Report of the Imperial Institute of Veterinary Research, Muktesar
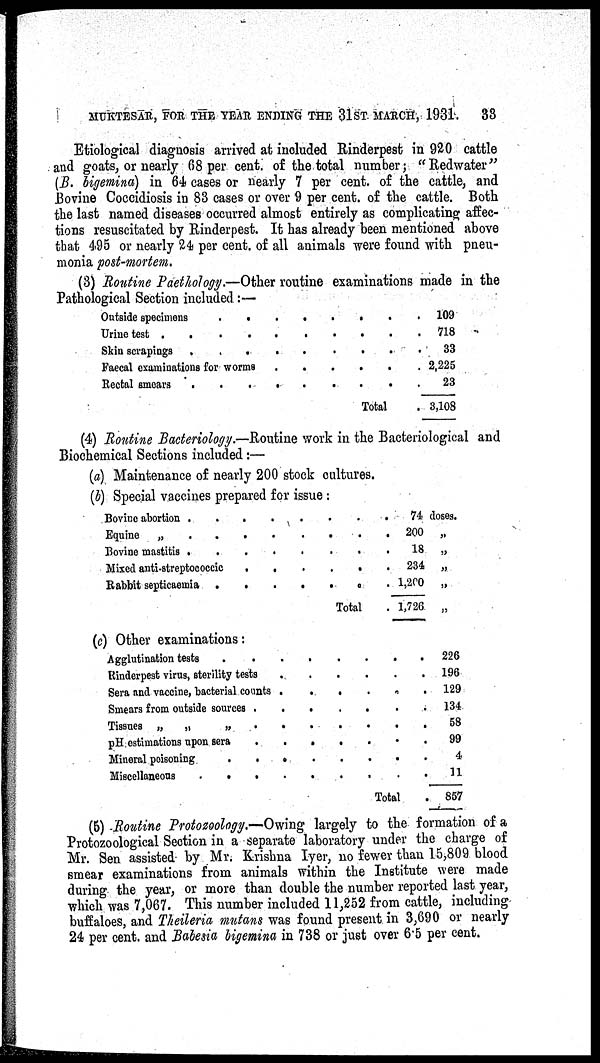
MUKTESAR, FOR THE YEAR ENDING THE 31ST MARCH, 1931.
33
Etiological diagnosis arrived at included Rinderpest in 920 cattle
and goats, or nearly 68 per cent. of the total number; "Redwater"
(B. bigemina) in 64 cases or nearly 7 per cent. of the cattle, and
Bovine Coccidiosis in 83 cases or over 9 per cent. of the cattle. Both
the last named diseases occurred almost entirely as complicating affec-
tions resuscitated by Rinderpest. It has already been mentioned above
that 495 or nearly 24 per cent. of all animals were found with pneu-
monia post-mortem.
(3) Routine Paethology.—Other routine examinations made in the
Pathological Section included:—
Outside specimens
Urine test
Skin scrapings
.
.
.
Faecal examinations for worms
Rectal smears
.
.
.
.
.
.
.
.
.
.
.
.
.
.
.
.
. .
. . .
.
Total
.
.
.
.
.
.
109
718
33
2,225
23
3,108
(4) Routine Bacteriology.—Routine work in the Bacteriological and
Biochemical Sections included:—
(a) Maintenance of nearly 200 stock cultures.
(b) Special vaccines prepared for issue :
Bovine abortion
..
Equine „
.
.
Bovine mastitis
..
Mixed anti-streptococcic
Rabbit septicaemia .
.
.
.
.
.
.
.
.
.
.
.
.
.
.
.
.
.
.
.
.
.
.
.
.
.
.
.
Total
.
.
.
.
.
.
74 doses.
200 „
18 „
234 „
1,200 „
1,726 „
(c) Other examinations:
Agglutination tests
.
Rinderpest virus, sterility tests
Sera and vaccine, bacterial counts
Smears from outside sources .
Tissues „ „
„
.
pH estimations upon sera
.
Mineral poisoning
. .
Miscellaneous
. . .
.
.
.
.
.
.
.
.
.
.
.
.
.
.
.
.
.
.
.
.
.
.
.
.
.
.
.
.
.
.
.
.
.
.
.
.
.
.
Total
226
196
129
134
58
99
4
11
857
(5) Routine Protozoology.—Owing largely to the formation of a
Protozoological Section in a separate laboratory under the charge of
Mr. Sen assisted by Mr. Krishna Iyer, no fewer than 15,809 blood
smear examinations from animals within the Institute were made
during the year, or more than double the number reported last year,
which was 7,067. This number included 11,252 from cattle, including
buffaloes, and Theileria mutans was found present in 3,690 or nearly
24 per cent. and Babesia bigemina in 738 or just over 6.5 per cent.